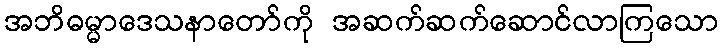
အဘိဓမ္မာဒေသနာတော်ကို အဆက်ဆက်ဆောင်လာကြသော